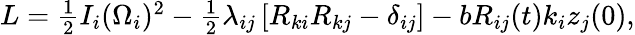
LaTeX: \begin{array}{r}{L=\frac 12I_{i}(\Omega_{i})^{2}-\frac 12\lambda_{ij}\left[R_{ki}R_{kj}-\delta_{ij}\right]-bR_{ij}(t)k_{i}z_{j}(0),}\end{array}